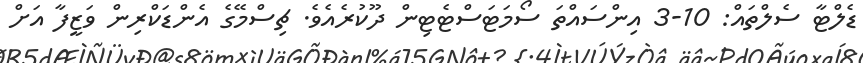
ޑެލްޓާ ސެލްތައް: 10-3 އިންސައްތަ ސޯމަޓަސްޓެޓިން ދޫކުރެއެވެ. ޗިސްމޭގެ އެންޑަކްރިން ވަޒީފާ އަށް